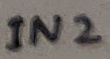
Text: IN2